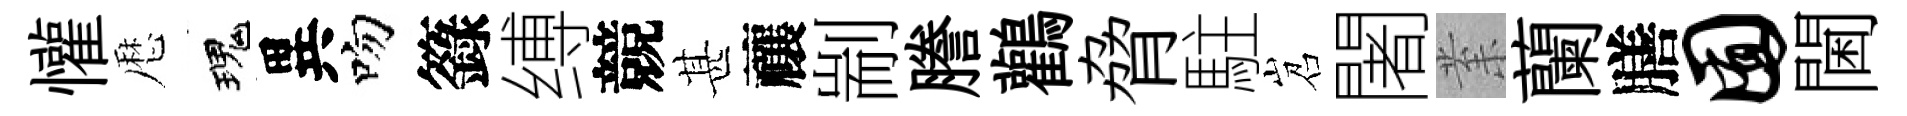
懽厯瑰異吻籙缚競甚禳剬謄鸛脅駐岧闍𭪙蘭膳囿閫